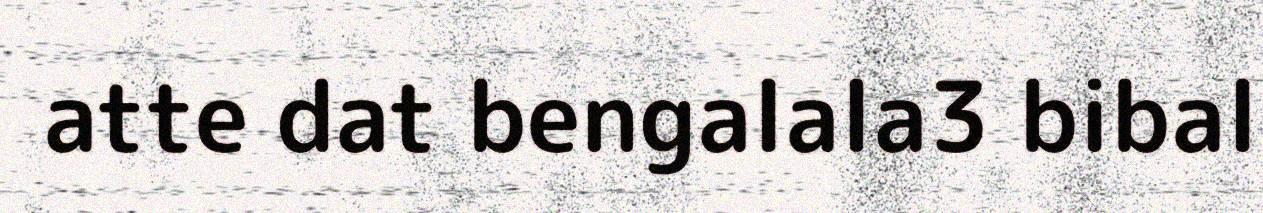
atte dat bengalala3 bibal